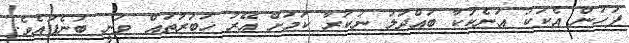
ފަހުން އެކަކު އަނެކަކާ ބައްދަލު ނުކުރާ ކަމަށް އޭރު ޚަބަރުތައް ވަނީ ބުނެފައެވެ.